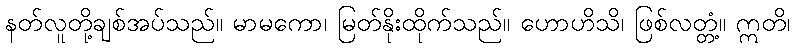
နတ်လူတို့ချစ်အပ်သည်။ မာမကော၊ မြတ်နိုးထိုက်သည်။ ဟောဟိသိ၊ ဖြစ်လတ္တံ့။ ဣတိ၊